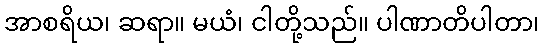
အာစရိယ၊ ဆရာ။ မယံ၊ ငါတို့သည်။ ပါဏာတိပါတာ၊